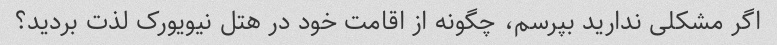
اگر مشکلی ندارید بپرسم، چگونه از اقامت خود در هتل نیویورک لذت بردید؟